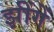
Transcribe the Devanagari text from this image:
झींगें